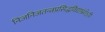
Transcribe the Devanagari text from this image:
निजनिजतन्त्रप्रसिद्धविद्याभ्रंशेऽपि